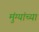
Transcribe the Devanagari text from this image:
मुंग्यांच्या